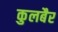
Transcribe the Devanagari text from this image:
कुलबैर